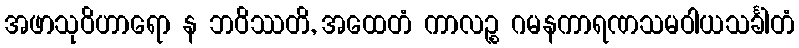
အဖာသုဝိဟာရော န ဘဝိဿတိ, အထေတံ ကာလဉ္စ ဂမနကာရဏသမဝါယသင်္ခါတံ